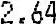
2.64